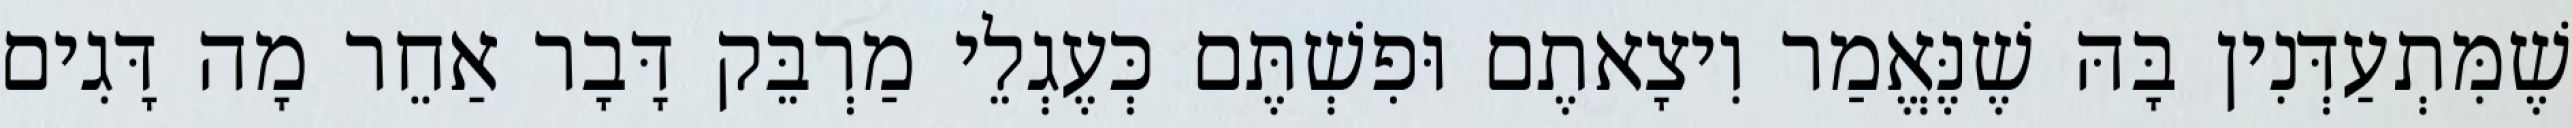
שֶׁמִּתְעַדְּנִין בָּהּ שֶׁנֶּאֱמַר וִיצָאתֶם וּפִשְׁתֶּם כְּעֶגְלֵי מַרְבֵּק דָּבָר אַחֵר מָה דָּגִים